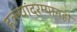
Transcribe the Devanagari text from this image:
हल्ल्यांदरम्यानही